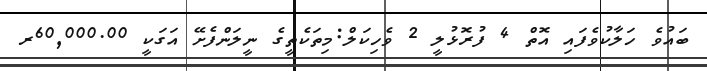
ބައުވެ ހަލާކުވެފައި އޮތް 4 ފުރޮޅުލީ 2 ވެހިކަލް:މިތަކެތީގެ ނީލަންފެށޭ އަގަކީ 60